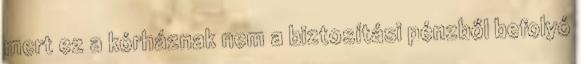
mert ez a kórháznak nem a biztosítási pénzből befolyó